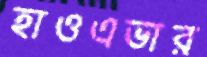
হাওএভার